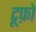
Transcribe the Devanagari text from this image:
टूफ़ो